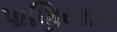
પાણિયારી